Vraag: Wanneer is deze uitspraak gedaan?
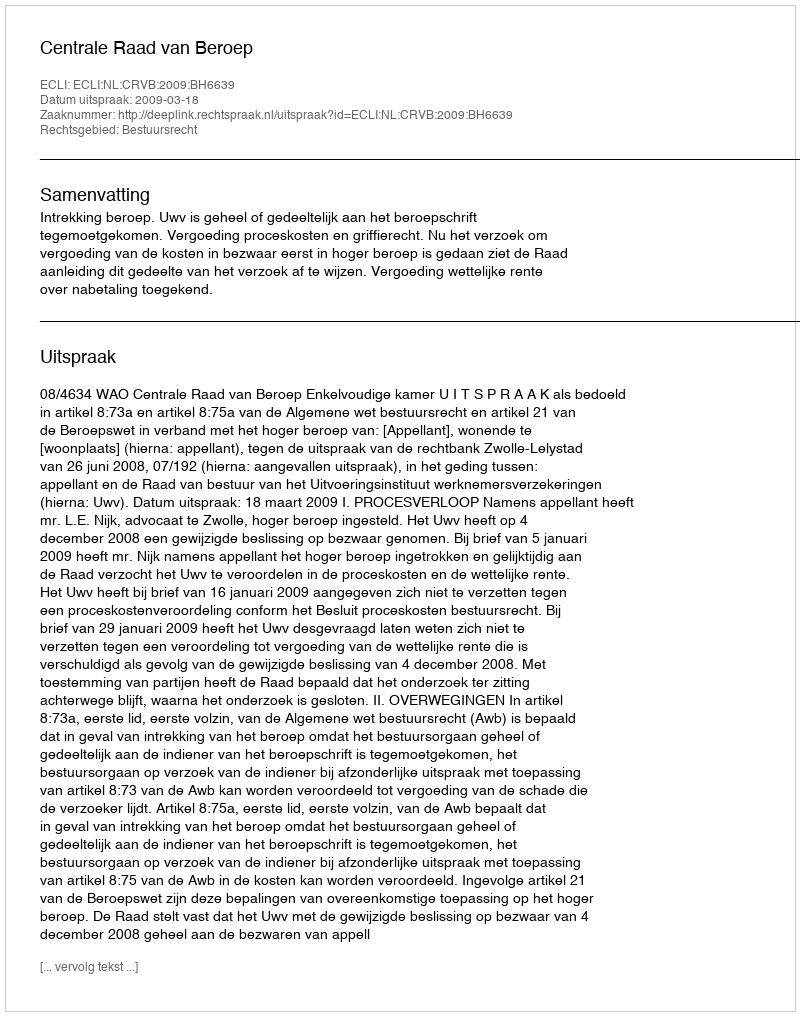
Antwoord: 2009-03-18